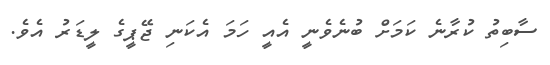
ސާބިތު ކުރާނެ ކަމަށް ބުނެވެނީ އެއީ ހަމަ އެކަނި ޖޭޕީގެ ލީޑަރު އެވެ.